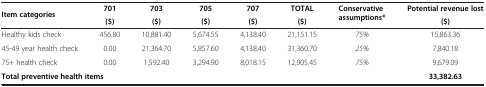
| Item categories | 701 | 703 | 705 | 707 | TOTAL | Conservative assumptions* | Potential revenue lost |
 |  | ($) | ($) | ($) | ($) | ($) |  | ($) |
 | --- | --- | --- | --- | --- | --- | --- | --- |
 | Healthy kids check | 456.80 | 10,881.40 | 5,674.55 | 4,138.40 | 21,151.15 | 75% | 15,863.36 |
 | 45-49 year health check | 0.00 | 21,364.70 | 5,857.60 | 4,138.40 | 31,360.70 | 25% | 7,840.18 |
 | 75+ health check | 0.00 | 1,592.40 | 3,294.90 | 8,018.15 | 12,905.45 | 75% | 9,679.09 |
 | <COLSPAN=7> Total preventive health items | 33,382.63 |